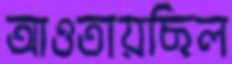
আওতায়ছিল